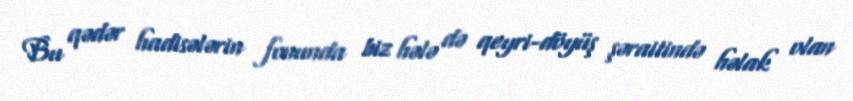
Bu qədər hadisələrin fonunda biz hələ də qeyri-döyüş şəraitində həlak olan